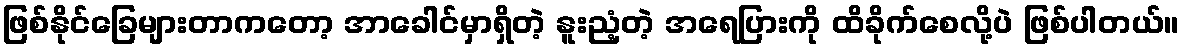
ဖြစ်နိုင်ခြေများတာကတော့ အာခေါင်မှာရှိတဲ့ နူးညံ့တဲ့ အရေပြားကို ထိခိုက်စေလို့ပဲ ဖြစ်ပါတယ်။